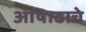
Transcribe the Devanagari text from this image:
आषाढाचे